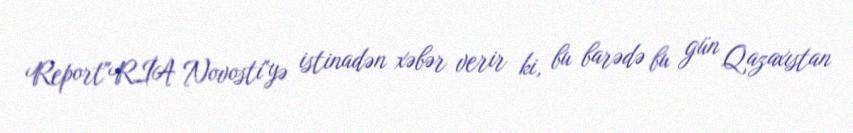
Report"RİA Novosti"yə istinadən xəbər verir ki, bu barədə bu gün Qazaxıstan